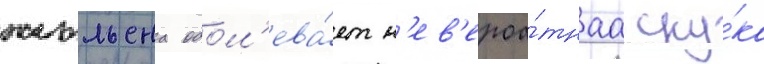
жюльена одол'ева́ет н'ев'ероа́тнаа ску́ка